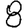
Digit: 8